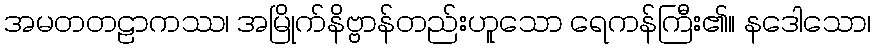
အမတတဠာကဿ၊ အမြိုက်နိဗ္ဗာန်တည်းဟူသော ရေကန်ကြီး၏။ နဒေါသော၊